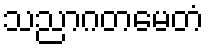
သညာဂတမေတံ